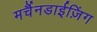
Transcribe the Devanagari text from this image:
मर्चैनडाईज़िंग